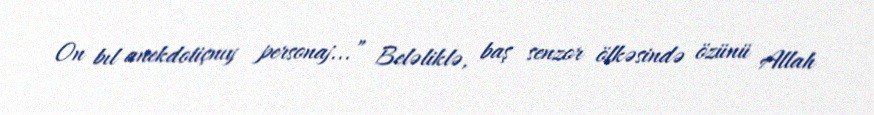
On bıl anekdotiçnıy personaj...” Beləliklə, baş senzor ölkəsində özünü Allah